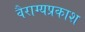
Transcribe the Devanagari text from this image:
वैराग्यप्रकाश